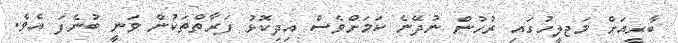
ބާރީއަށް މަޖލީހުގައި ރުހުން ނުދޭނެ ކަމަށްވެސް އިދިކޮޅު ފަރާތްތަކުން ވަނީ ބުނެފަ އެވެ.